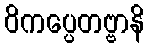
ဝိကပ္ပေတဗ္ဗာနိ